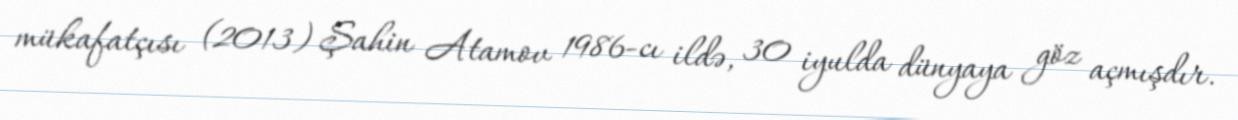
mükafatçısı (2013) Şahin Atamov 1986-cı ildə, 30 iyulda dünyaya göz açmışdır.